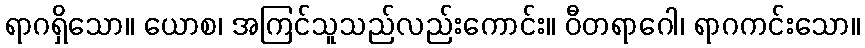
ရာဂရှိသော။ ယောစ၊ အကြင်သူသည်လည်းကောင်း။ ဝီတရာဂေါ၊ ရာဂကင်းသော။